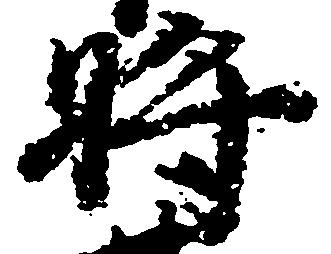
将